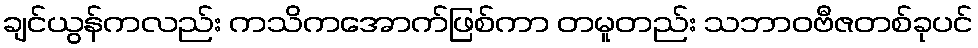
ချင်ယွန်ကလည်း ကသိကအောက်ဖြစ်ကာ တမူတည်း သဘာဝဗီဇတစ်ခုပင်